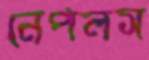
নেপলস